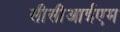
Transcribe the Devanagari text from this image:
सीसीआईएम